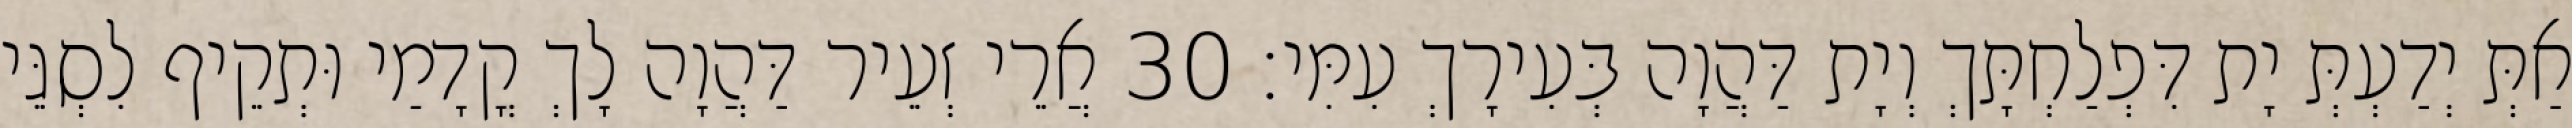
אַתְּ יְדַעְתְּ יָת דִּפְלַחְתָּךְ וְיָת דַּהֲוָה בְּעִירָךְ עִמִּי׃ 30 אֲרֵי זְעֵיר דַּהֲוָה לָךְ קֳדָמַי וּתְקֵיף לִסְגֵּי